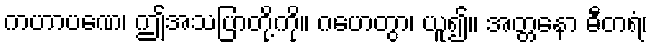
ကဟာပဏေ၊ ဤအသပြာတို့ကို။ ဂဟေတွာ၊ ယူ၍။ အတ္တနော ဓီတရံ၊